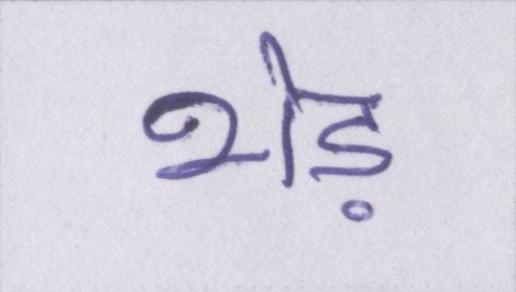
भेड़